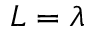
L = \lambda